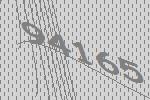
94165